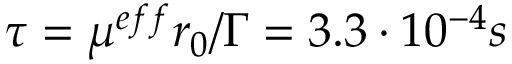
\tau = \mu ^ { e f f } r _ { 0 } / \Gamma = 3 . 3 \cdot 1 0 ^ { - 4 } s